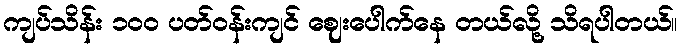
ကျပ်သိန်း ၁၀၀ ပတ်ဝန်းကျင် ဈေးပေါက်နေ တယ်လို့ သိရပါတယ်။